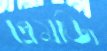
প্রেমজি